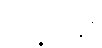
ကြို့ကုန်း